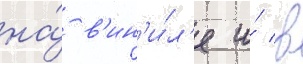
на́ в'ин'и́л'е и́ в